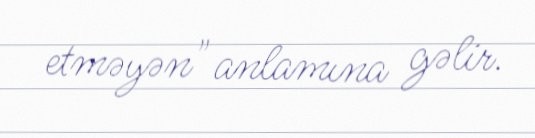
etməyən" anlamına gəlir.